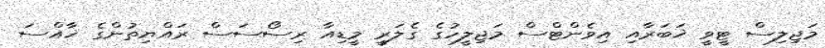
މަޖިލިސް ޓީވީ ޚަބަރާއި އިވެންޓްސް މަޖިލީހުގެ ގެލަރީ މީޑިއާ ރިސޯސަސް ރައްޔިތުންގެ ޚާއްސަ